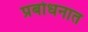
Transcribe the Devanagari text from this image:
प्रबोधनात